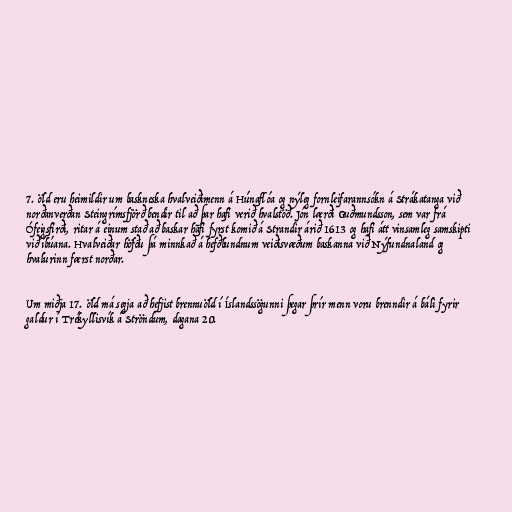
7. öld eru heimildir um baskneska hvalveiðimenn á Húnaflóa og nýleg fornleifarannsókn á Strákatanga við
norðanverðan Steingrímsfjörð bendir til að þar hafi verið hvalstöð. Jón lærði Guðmundsson, sem var frá
Ófeigsfirði, ritar á einum stað að baskar hafi fyrst komið á Strandir árið 1613 og hafi átt vinsamleg samskipti
við íbúana. Hvalveiðar höfðu þá minnkað á hefðbundnum veiðisvæðum baskanna við Nýfundnaland og
hvalurinn færst norðar.

Um miðja 17. öld má segja að hefjist brennuöld í Íslandssögunni þegar þrír menn voru brenndir á báli fyrir
galdur í Trékyllisvík á Ströndum, dagana 20.